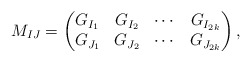
\begin{align*}M_{IJ}=\begin{pmatrix}G_{I_1} & G_{I_2} & \cdots & G_{I_{2k}}\\G_{J_1} & G_{J_2} & \cdots & G_{J_{2k}}\end{pmatrix},\end{align*}